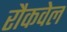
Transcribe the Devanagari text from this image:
रौकवेल